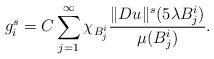
LaTeX: \begin{align*}g_i^s=C\sum_{j=1}^{\infty}\chi_{B_j^i}\frac{\Vert Du\Vert^s(5\lambda B_j^i)}{\mu(B_j^i)}.\end{align*}